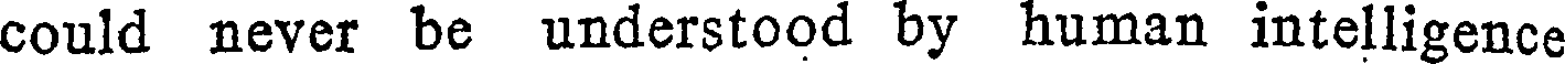
could never be understood by human intelligence